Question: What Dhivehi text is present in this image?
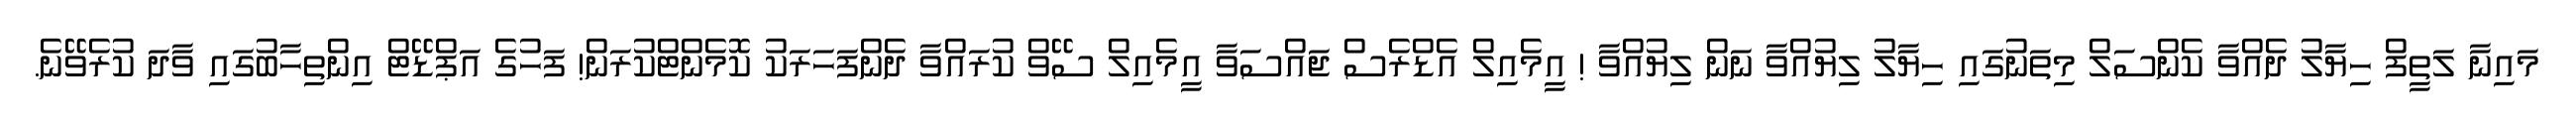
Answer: މައިނާ ލަތީފް ހިޔާލު ދެއްވާ ކެންސަލް މިތަނުގައި ހިޔާލު ލިޔުއްވާ ނަން ލިޔުއްވާ ! އީމެއިލް އެޑްރެސް ޖައްސަވާ އީމެއިލް ސޭވް ކުރައްވާ ދެންފަހަރަކު ކޮމެންޓްކުރަން! ފަހުގެ އަޕްޑޭޓް އިންތިހާބުގައި ވާދަ ކުރެވޭނެ.